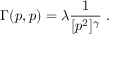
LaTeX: \Gamma ( p , p ) = \lambda \frac { 1 } { [ p ^ { 2 } ] ^ { \gamma } } \; .